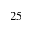
_ { 2 5 }